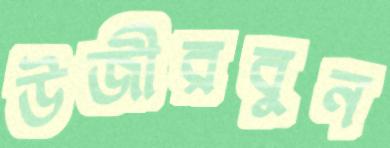
উজীরবুন